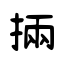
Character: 掚